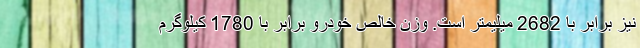
نیز برابر با 2682 میلیمتر است. وزن خالص خودرو برابر با 1780 کیلوگرم